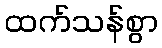
ထက်သန်စွာ